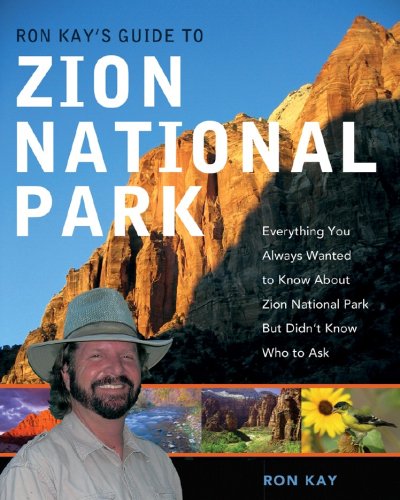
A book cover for Ron Kay's Guide to Zion National Park: Everything You Always Wanted to Know About Zion National Park But Didn't Know Who to Ask; Ron Kay; Travel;